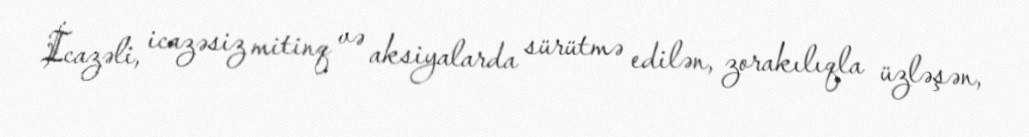
İcazəli, icazəsiz mitinq və aksiyalarda sürütmə edilən, zorakılıqla üzləşən,